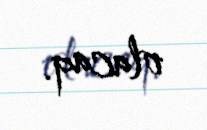
olacaq.